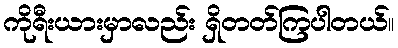
ကိုရီးယားမှာလည်း ရှိတတ်ကြပါတယ်။